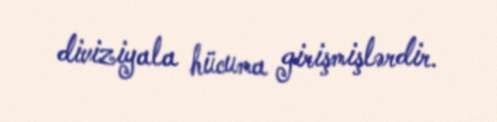
diviziyala hücuma girişmişlərdir.